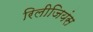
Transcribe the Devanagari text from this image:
रिलीजियंस